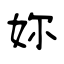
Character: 妳